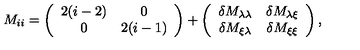
M _ { i i } = \left( \begin{array} { c c } { 2 ( i - 2 ) } & { 0 } \\ { 0 } & { 2 ( i - 1 ) } \\ \end{array} \right) + \left( \begin{array} { c c } { \delta M _ { \lambda \lambda } } & { \delta M _ { \lambda \xi } } \\ { \delta M _ { \xi \lambda } } & { \delta M _ { \xi \xi } } \\ \end{array} \right) ,